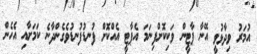
އުމަރު ވިދާޅުވީ އޭނާ ޕާޓީން ވަކިކޮށްފިނަމަ އެޕާޓީ އެއްކޮށް ފުނޑުފުނޑުވެގެންދާނެ ކަމަށާއި އެހެން